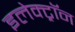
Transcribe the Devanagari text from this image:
इलेक्ट्राॅन